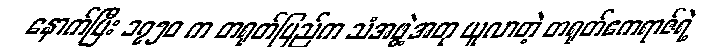
နောက်ပြီး ၁၇၅၀ က တရုတ်ပြည်က သံအဖွဲ့အတု ယူလာတဲ့ တရုတ်ဧကရာဇ်ရဲ့